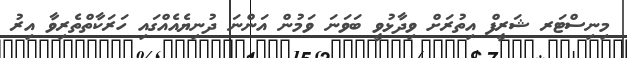
މިނިސްޓަރ ޝަރީފް އިތުރަށް ވިދާޅުވީ ބަވަނަ ވަމުން އަންނަ ދުނިޔެއެއްގައި ހަރަކާތްތެރިވާ އިރު